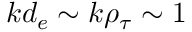
k d _ { e } \sim k \rho _ { \tau } \sim 1